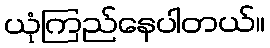
ယုံကြည်နေပါတယ်။